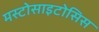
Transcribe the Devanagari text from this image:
मस्टोसाइटोसिस